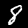
Label: 8